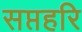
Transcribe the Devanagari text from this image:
सप्तहरि